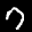
Label: 7